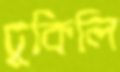
ঢুকিলি